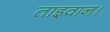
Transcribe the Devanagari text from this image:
ताइवान।